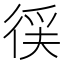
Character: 𭛳